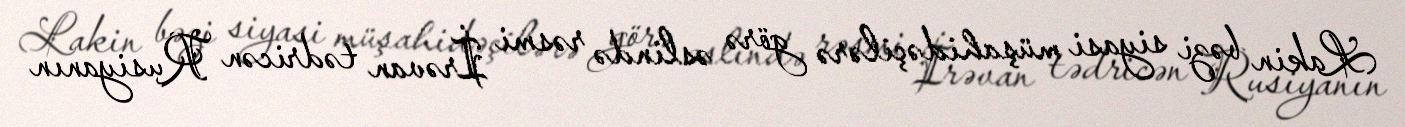
Lakin bəzi siyasi müşahidəçilərə görə əslində rəsmi İrəvan tədricən Rusiyanın